Indian journal of veterinary science and animal husbandry - Volumes 18-21, 1948-1951
Year: 1948
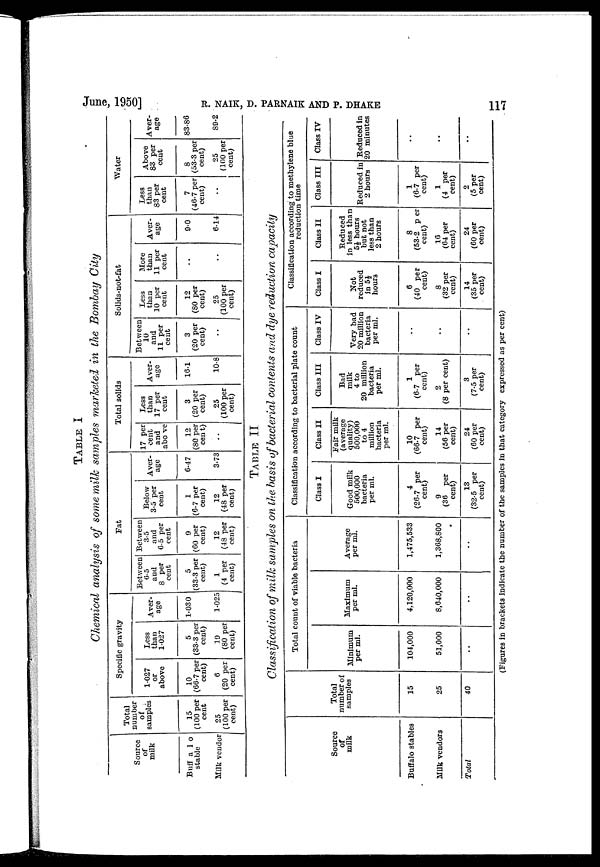
June, 1950]
R.
NAIK,
D.
PARNAIK
AND
P.
DHAKE
117
TABLE I
Chemical analysis of some milk samples marketed in the Bombay
City
Source
of
milk
Buffa1o
stable
Milk vendor
Total
number
of
samples
15
(100 per
cent
25
(100 per
cent)
Specific gravity
1.027
or
above
10
(66.7 per
cent) 6
(20 per
cent)
Less
than
1.027
5
(33.3 per
cent) 19
(80 per
cent)
Average
1.030
1.025
Fat
Between
6.5
and
8 per
cent
5
(33.3 per
cent) 1
(4 per
cent)
Between
3.5
and
6.5 per
cent
9
(60 per
cent) 12
(48 per
cent)
Below
3.5 per
cent
1
(6.7 per
cent) 12
(48 per
cent)
Aver-
age
6.47
3.73
Total solids
17 per
cent
and
above
12
(80 per
cent)
..
Less
than
17 per
cent
3
(20 per
cent) 25
(100 per
cent)
Aver-
age
16.1
10.8
Solids-not-fat
Between
10
and
11 per
cent
3
(20 per
cent)
..
Less
than
10 per
cent
12
(80 per
cent) 25
(100 per
cent)
More
than
11 per
cent
..
..
Aver-
age
9.0
6.14
Water
Less
than
83 per
cent
7
(46.7 per
cent)
..
Above
83 per
cent
8
(53.3 per
cent) 25
(100 per
cent)
Aver-
age
83.86
89.2
TABLE II
Classification of milk samples on the basis of bacterial contents and dye reduction
capacity
Source
of
milk
Buffalo stables
Milk vendors
Total
Total
number of
samples
15
25
40
Total count of viable bacteria
Minimum
per ml.
104,000
51,000
..
Maximum
per ml.
4,120,000
8,640,000
..
Average
per ml.
1,475,533
1,368,800
..
Classification according to bacterial plate count
Class I
Good milk
500,000
bacteria
per ml.
4
(26.7 per
cent) 9
(36 per
cent) 13
(32.5 per
cent)
Class II
Fair milk
(average
quality)
500,000
to 4
million
bacteria
per ml.
10
(66.7 per
cent) 14
(56 per
cent) 24
(60 per
cent)
Class III
Bad
milk
4 to
20 million
bacteria
per ml.
1
(6.7 per
cent) 2
(8 per cent)
3
(7.5 per
cent)
Class IV
Very bad
20 million
bacteria
per ml.
..
..
..
Classification according to methylene blue
reduction time
Class I
Not
reduced
in 5½
hours
6
(40 per
cent) 8
(32 per
cent) 14
(35 per
cent)
Class II
Reduced
in less than
5½ hours
but not
less than
2 hours
8
(53.2 per
cent) 16
(64 per
cent) 24
(60 per
cent)
Class III
Reduced in
2 hours
1
(6.7 per
cent) 1
(4 per
cent) 2
(5 per
cent)
Class IV
Reduced in
20 minutes
..
..
..
(Figures in brackets indicate the number of the samples in that category expressed as per cent)